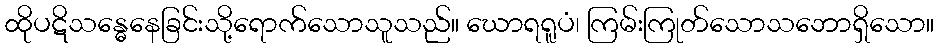
ထိုပဋိသန္ဓေနေခြင်းသို့ရောက်သောသူသည်။ ဃောရရူပံ၊ ကြမ်းကြုတ်သောသဘောရှိသော။